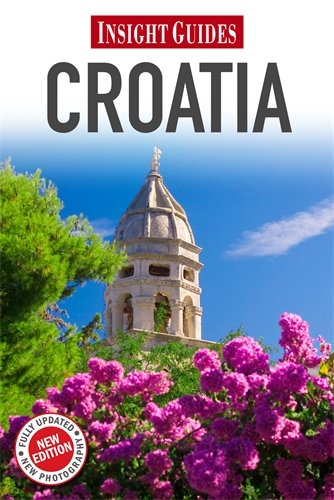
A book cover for Croatia (Insight Guides); Insight Guides; Travel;